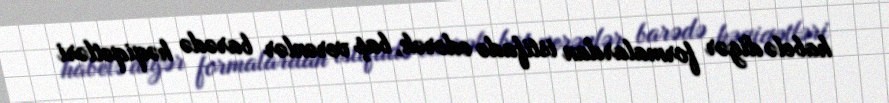
habelə digər formalardan istifadə edərək, baş verənlər barədə həqiqətləri